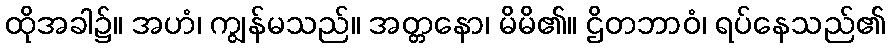
ထိုအခါ၌။ အဟံ၊ ကျွန်မသည်။ အတ္တနော၊ မိမိ၏။ ဌိတဘာဝံ၊ ရပ်နေသည်၏